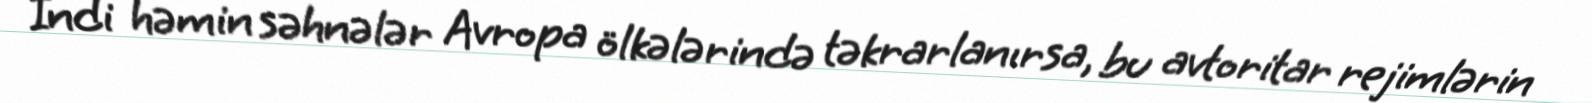
İndi həmin səhnələr Avropa ölkələrində təkrarlanırsa, bu avtoritar rejimlərin